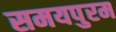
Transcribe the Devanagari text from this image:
समयपुरम